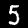
Label: 5